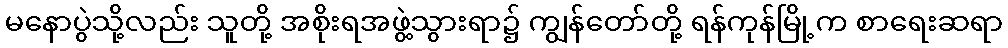
မနောပွဲသို့လည်း သူတို့ အစိုးရအဖွဲ့သွားရာ၌ ကျွန်တော်တို့ ရန်ကုန်မြို့က စာရေးဆရာ